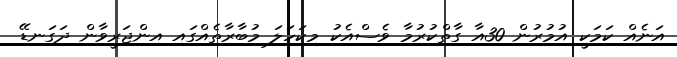
އަނެއް ކަމަކީ އުމުރުން 30އާ ގާތްކުރުމާ ވެސްއެކު މިކަހަލަ މުބާރާތެއްގައި އިންޖަރީވާން ދަގަނޑޭ